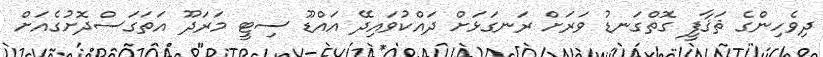
ދިވެހިންގެ ޘަޤާފީ ގޮތްގަނޑު ވަރަށް ރަނގަޅަށް ދައްކުވައިދޭ އައްޑޫ ސިޓީ މަރަދޫ އަތަގަސްދޮށުގެއަށް